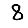
Digit: 8